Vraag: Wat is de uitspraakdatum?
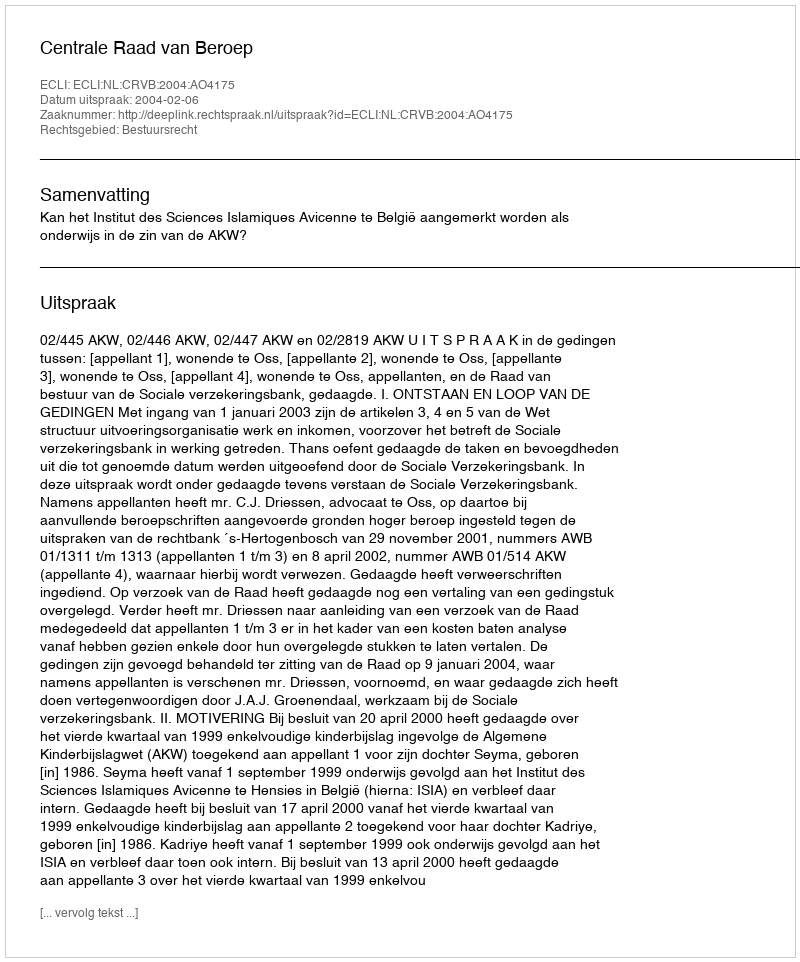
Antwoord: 2004-02-06